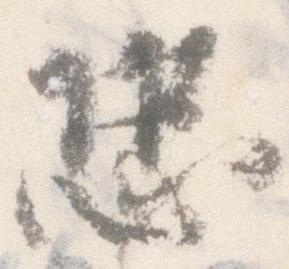
恐